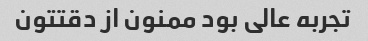
تجربه عالی بود ممنون از دقتتون